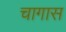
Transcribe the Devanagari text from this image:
चागास